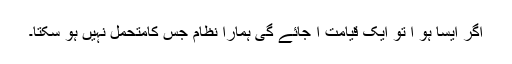
اگر ایسا ہو ا تو ایک قیامت آ جائے گی ہمارا نظام جس کامتحمل نہیں ہو سکتا۔